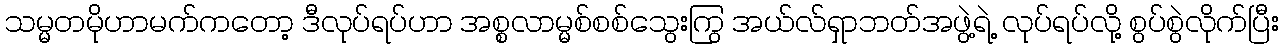
သမ္မတမိုဟာမက်ကတော့ ဒီလုပ်ရပ်ဟာ အစ္စလာမ္မစ်စစ်သွေးကြွ အယ်လ်ရှာဘတ်အဖွဲ့ရဲ့ လုပ်ရပ်လို့ စွပ်စွဲလိုက်ပြီး